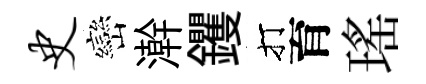
史巒澣钁打育瑤